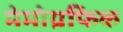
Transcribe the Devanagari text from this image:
मेमोग्रफिक